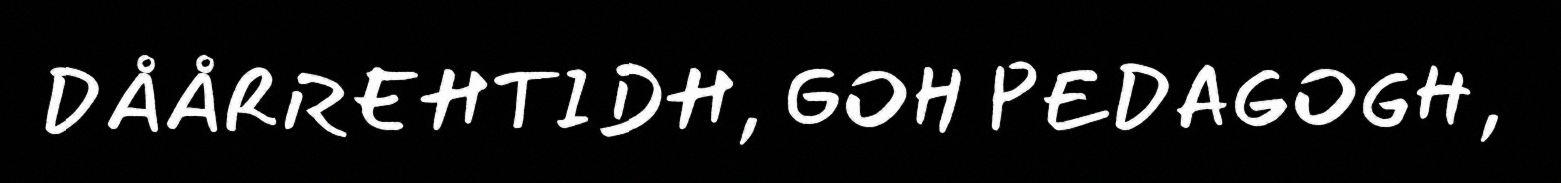
DÅÅRREHTIDH, GOH PEDAGOGH,